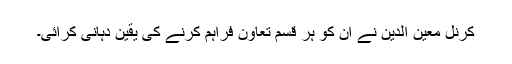
کرنل معین الدین نے ان کو ہر قسم تعاون فراہم کرنے کی یقین دہانی کرائی۔